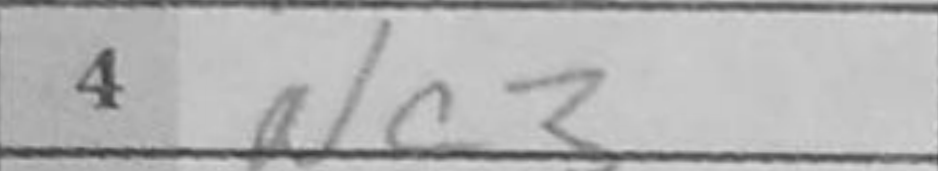
Transcription: Nc3